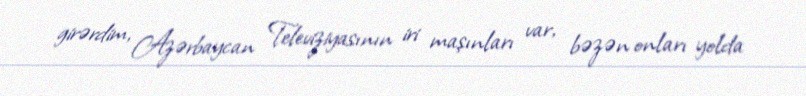
girərdim, Azərbaycan Televiziyasının iri maşınları var, bəzən onları yolda